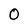
Character: 0